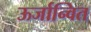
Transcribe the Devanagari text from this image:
ऊर्जान्वित